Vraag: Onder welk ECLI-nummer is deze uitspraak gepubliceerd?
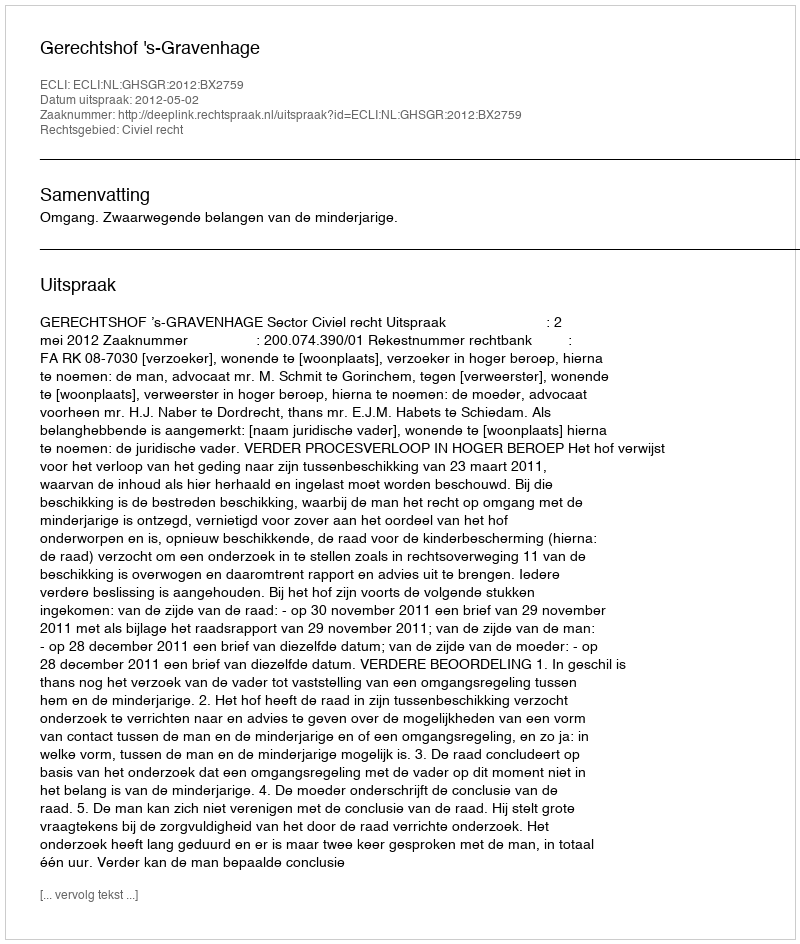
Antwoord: ECLI:NL:GHSGR:2012:BX2759